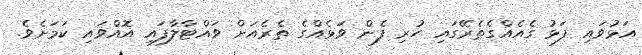
އަޅުވައި ފަޅު ގެއެއްގެތެރޭގައި ހުރި ފެން ވަޅެއްގެ ތެރެއަށް ވައްޓާލާފައި އޮއްވައި ކަމަށެވެ.